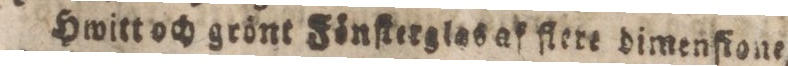
Hwitt och grönt Fönſterglas af flere dimenfione,